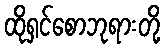
ထိုရှင်စောဘုရားတို့